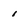
Character: 1